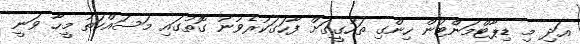
އަދި މި ޑިޕާޓްމަންޓުން ހިންގި ތަހުގީގަށް ފާހަގަކުރެވުނު ގޮތުގައި މަސައްކަތު މީހާ ވަނީ